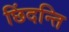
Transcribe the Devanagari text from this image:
छिंदन्ति